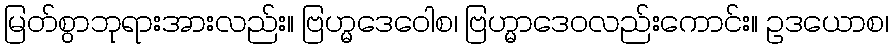
မြတ်စွာဘုရားအားလည်း။ ဗြဟ္မဒေဝေါစ၊ ဗြဟ္မာဒေဝလည်းကောင်း။ ဥဒယောစ၊